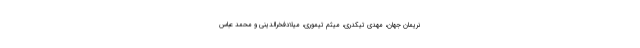
نریمان جهان، مهدی تیکدری، میثم تیموری، میلادفخرالدینی و محمد عباس